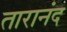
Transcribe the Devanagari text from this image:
तारानंद